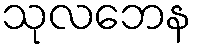
သုလဘေန